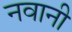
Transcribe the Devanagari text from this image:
नवानी